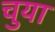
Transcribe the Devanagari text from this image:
चुया